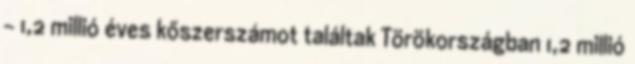
- 1,2 millió éves kőszerszámot találtak Törökországban 1,2 millió